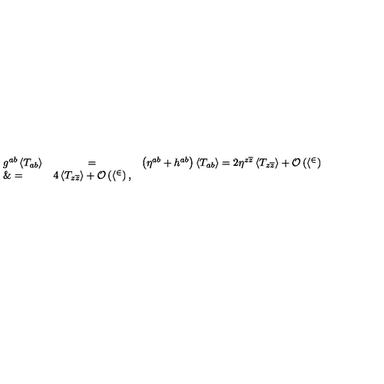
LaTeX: \begin{array} { l c l } { g ^ { a b } \left< T _ { a b } \right> } & { = } & { \left( \eta ^ { a b } + h ^ { a b } \right) \left< T _ { a b } \right> = 2 \eta ^ { z \overline { z } } \left< T _ { z \overline { z } } \right> + \cal O \left( h ^ { 2 } \right) } \\ { \& = } & { 4 \left< T _ { z \overline { z } } \right> + \cal O \left( h ^ { 2 } \right) , } \\ \end{array}